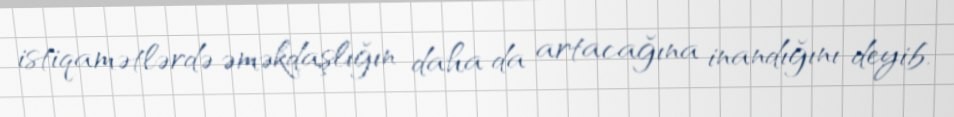
istiqamətlərdə əməkdaşlığın daha da artacağına inandığını deyib.